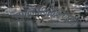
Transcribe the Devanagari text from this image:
उपनिवेशीकरणका